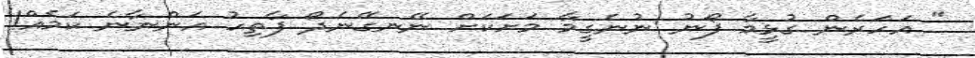
" އަހަރެން ގުޅީމާ ފޯނު ނުނެގީމާ މަށަކަށް ނޭނގޭނެދޯ ފާތިހު އަންނާނެ ކަމެއް!